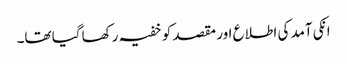
انکی آمد کی اطلاع اور مقصد کو خفیہ رکھا گیا تھا۔